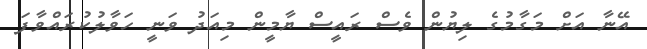
އޭނާ އަށް މަގާމުގެ ލިޔުން ވެސް ރައީސް ޔާމީން މިއަދު ވަނީ ހަވާލުކުރައްވާފަ